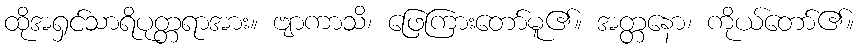
ထိုအရှင်သာရိပုတ္တရာအား။ ဗျာကာသိ၊ ဖြေကြားတော်မူ၏။ အတ္တနော၊ ကိုယ်တော်၏။